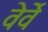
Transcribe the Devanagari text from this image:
वेर्वे